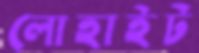
লোহাইট